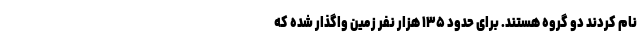
نام کردند دو گروه هستند. برای حدود ۱۳۵ هزار نفر زمین واگذار شده که